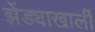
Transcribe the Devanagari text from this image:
झेंड्याखालीं